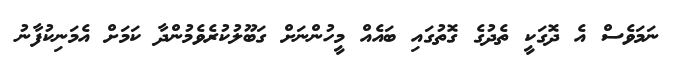
ނަމަވެސް އެ ދޮގަކީ ތެދުގެ ގޮތުގައި ބައެއް މީހުންނަށް ގަބޫލުކުރެވެމުންދާ ކަމަށް އެމަނިކުފާނު